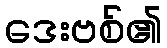
ဒေးဗစ်၏